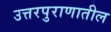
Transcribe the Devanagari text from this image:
उत्तरपुराणातील